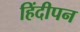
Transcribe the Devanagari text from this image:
हिंदीपन